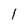
Character: I